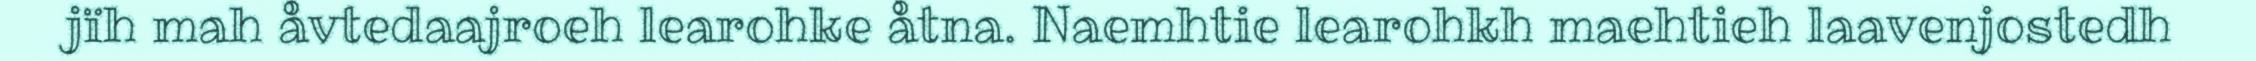
jïh mah åvtedaajroeh learohke åtna. Naemhtie learohkh maehtieh laavenjostedh